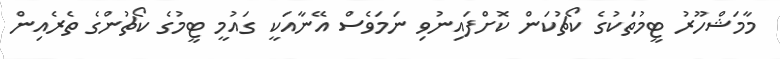
މާމަޝްހޫރު ޓީމުތަކުގެ ކޯޗުކަން ކޮށްފައިނުވި ނަމަވެސް އޭނާއަކީ ގައުމީ ޓީމުގެ ކޯޗުންގެ ތެރެއިން